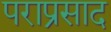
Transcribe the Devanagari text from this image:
पराप्रसाद